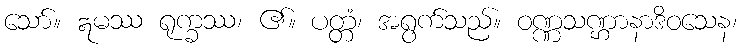
သော်။ ဣမဿ ရုက္ခဿ၊ ၏။ ပတ္တံ၊ အရွက်သည်။ ဝဏ္ဏသဏ္ဌာနာဒိဝသေန၊